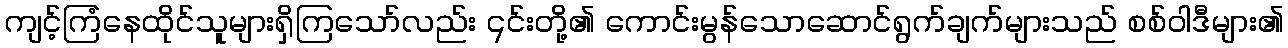
ကျင့်ကြံနေထိုင်သူများရှိကြသော်လည်း ၎င်းတို့၏ ကောင်းမွန်သောဆောင်ရွက်ချက်များသည် စစ်ဝါဒီများ၏